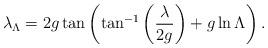
LaTeX: \begin{align*}\lambda_{\Lambda}=2g\tan\left(\tan^{-1}\left({\lambda\over 2g}\right)+g\ln\Lambda\right).\end{align*}